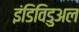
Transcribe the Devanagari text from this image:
इंडिविडुअल